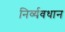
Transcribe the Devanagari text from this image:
निर्व्यवधान